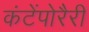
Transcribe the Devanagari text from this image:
कंटेंपोरैरी